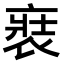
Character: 𧚌